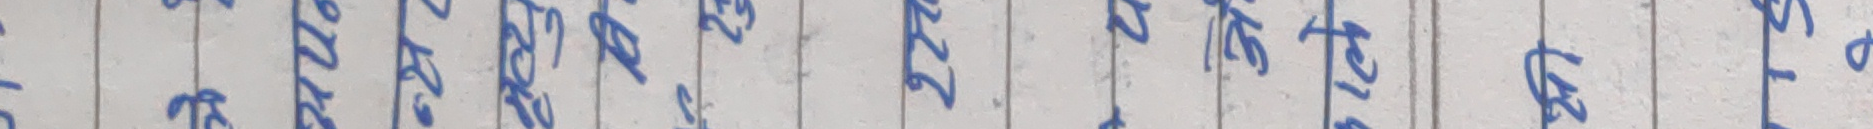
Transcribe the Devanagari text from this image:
तर